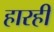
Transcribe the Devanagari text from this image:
हारही